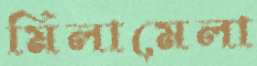
মিলামেলা